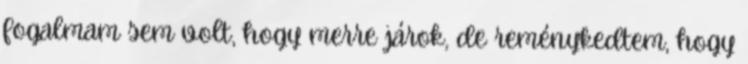
fogalmam sem volt, hogy merre járok, de reménykedtem, hogy